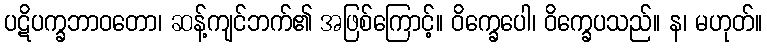
ပဋိပက္ခဘာဝတော၊ ဆန့်ကျင်ဘက်၏ အဖြစ်ကြောင့်။ ဝိက္ခေပေါ၊ ဝိက္ခေပသည်။ န၊ မဟုတ်။